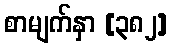
စာမျက်နှာ [၃၈၂]